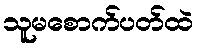
သူမစောက်ပတ်ထဲ